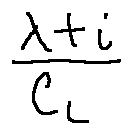
\frac { \lambda + i } { C _ { L } }